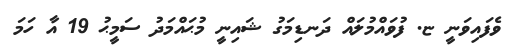
ވެފައިވަނީ ޏ. ފުވައްމުލައް ދަނޑިމަގު ޝައިނީ މުޙައްމަދު ސަމީޙު 19 އާ ހަމަ